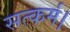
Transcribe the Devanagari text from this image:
सत्कर्म।